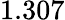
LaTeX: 1.307